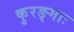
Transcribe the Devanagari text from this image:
कुरङ्गाः